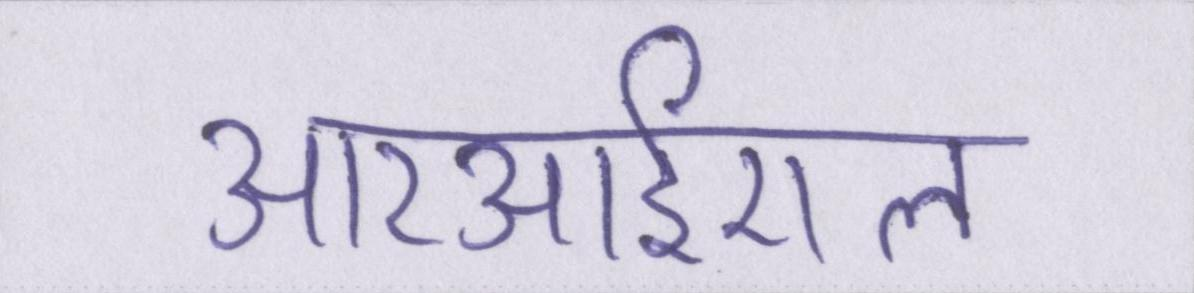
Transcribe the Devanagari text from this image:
आरआईएल